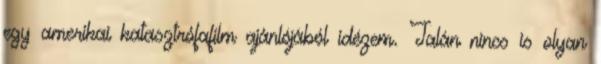
egy amerikai katasztrófafilm ajánlójából idézem. Talán nincs is olyan